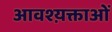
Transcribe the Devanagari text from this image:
आवश्य़क्ताओं